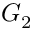
G _ { 2 }